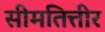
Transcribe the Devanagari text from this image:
सीमतित्तीर